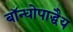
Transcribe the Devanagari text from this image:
बॉन्धोपाद्धैय